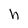
Character: h